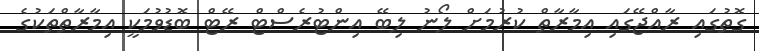
ގޮތުގައި ރާއްޖޭގައި އިމާރާތް ކުރުމަށް ލޯނު ލިބޭ އިންޓުރެސްޓް ރޭޓް ބޮޑުވުމަކީ އިމާރާތްތަކުގެ